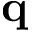
\bf q